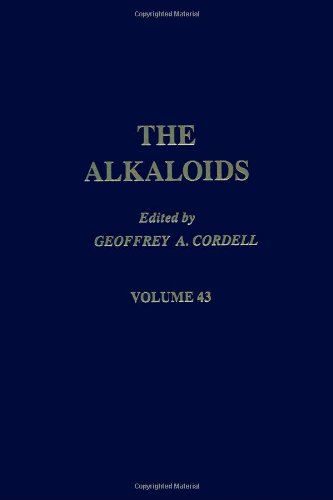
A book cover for The Alkaloids: Chemistry and Pharmacology, Vol. 43; Science & Math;